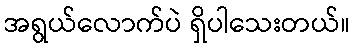
အရွယ်လောက်ပဲ ရှိပါသေးတယ်။